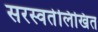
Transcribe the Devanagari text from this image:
सरस्वतेलिखित